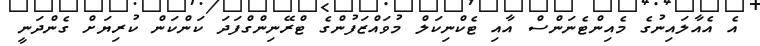
އެ އެއާލައިނުގެ މެއިންޓެނަންސް އާއި ޓެކްނިކަލް މުވައްޒަފުންގެ ޓްރޭނިންގްފަދަ ކަންކަން ކުރިޔަށް ގެންދަނީ